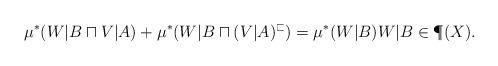
LaTeX: \begin{align*}\mu^\ast(W|B\sqcap V|A) + \mu^\ast(W|B\sqcap (V|A)^\sqsubset)= \mu^\ast(W|B) W|B\in\P(X). \end{align*}